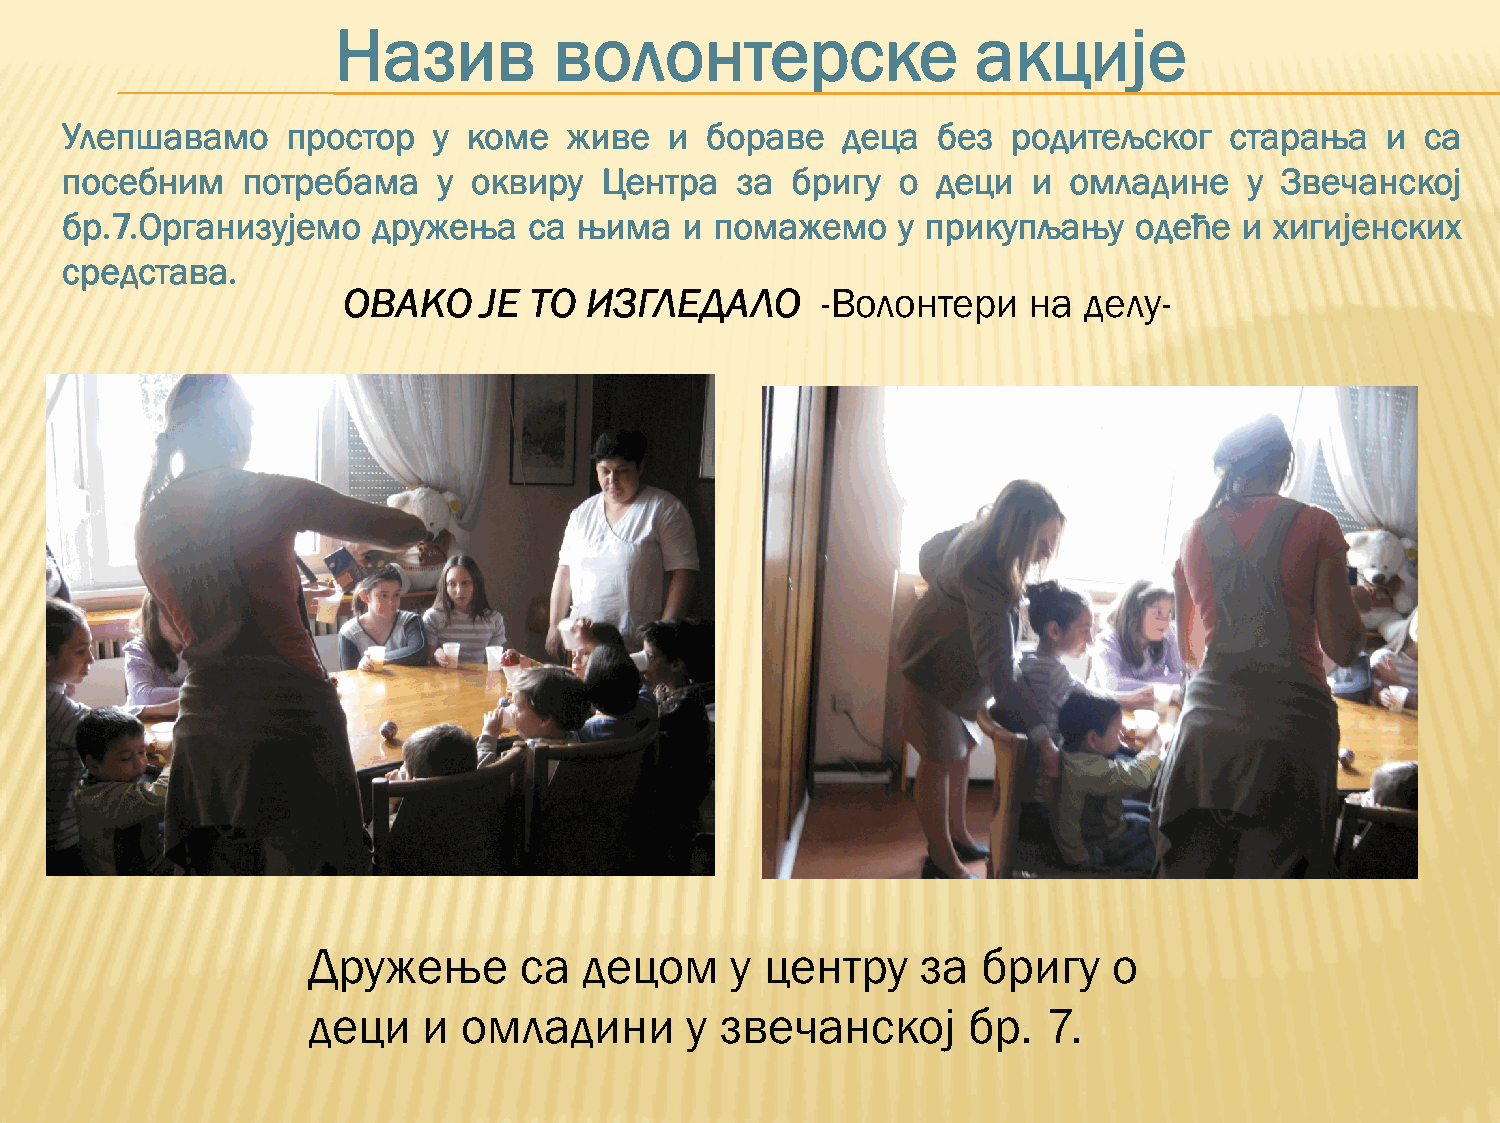
Назив          волонтерске                 акције
 Улепшавамо     простор   у коме   живе  и  бораве   деца  без  родитељског   старања    и са
 посебним    потребама    у оквиру   Центра   за бригу   о деци  и  омладине    у Звечанској
 бр.7.Организујемо    дружења   са њима   и помажемо    у прикупљању    одеће  и хигијенских
 средстава.
 ОВАКО    ЈЕ ТО  ИЗГЛЕДАЛО      -Волонтери    на  делу-
 Дружење       са   децом    у  центру    за  бригу    о
 деци    и  омладини      у  звечанској      бр.  7.